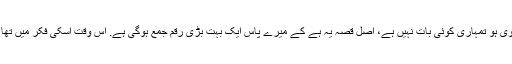
تم بہت اچھی بیوی ہو تمہاری کوئی بات نہیں ہے، اصل قصہ یہ ہے کے میرے پاس ایک بہت بڑی رقم جمع ہوگی ہے. اس وقت اسکی فکر میں تھا کے کیا کروں؟